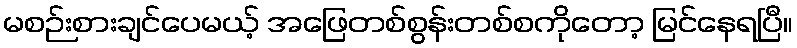
မစဉ်းစားချင်ပေမယ့် အဖြေတစ်စွန်းတစ်စကိုတော့ မြင်နေရပြီ။